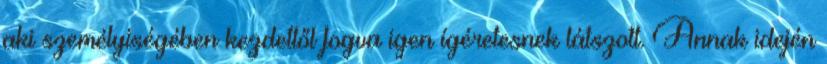
aki személyiségében kezdettől fogva igen ígéretesnek látszott. Annak idején